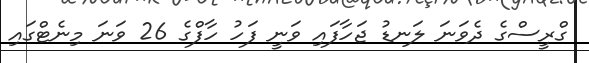
ގްރީސްގެ ދެވަނަ ލަނޑު ޖަހާފައި ވަނީ ފަހު ހާފްގެ 26 ވަނަ މިނެޓްގައި